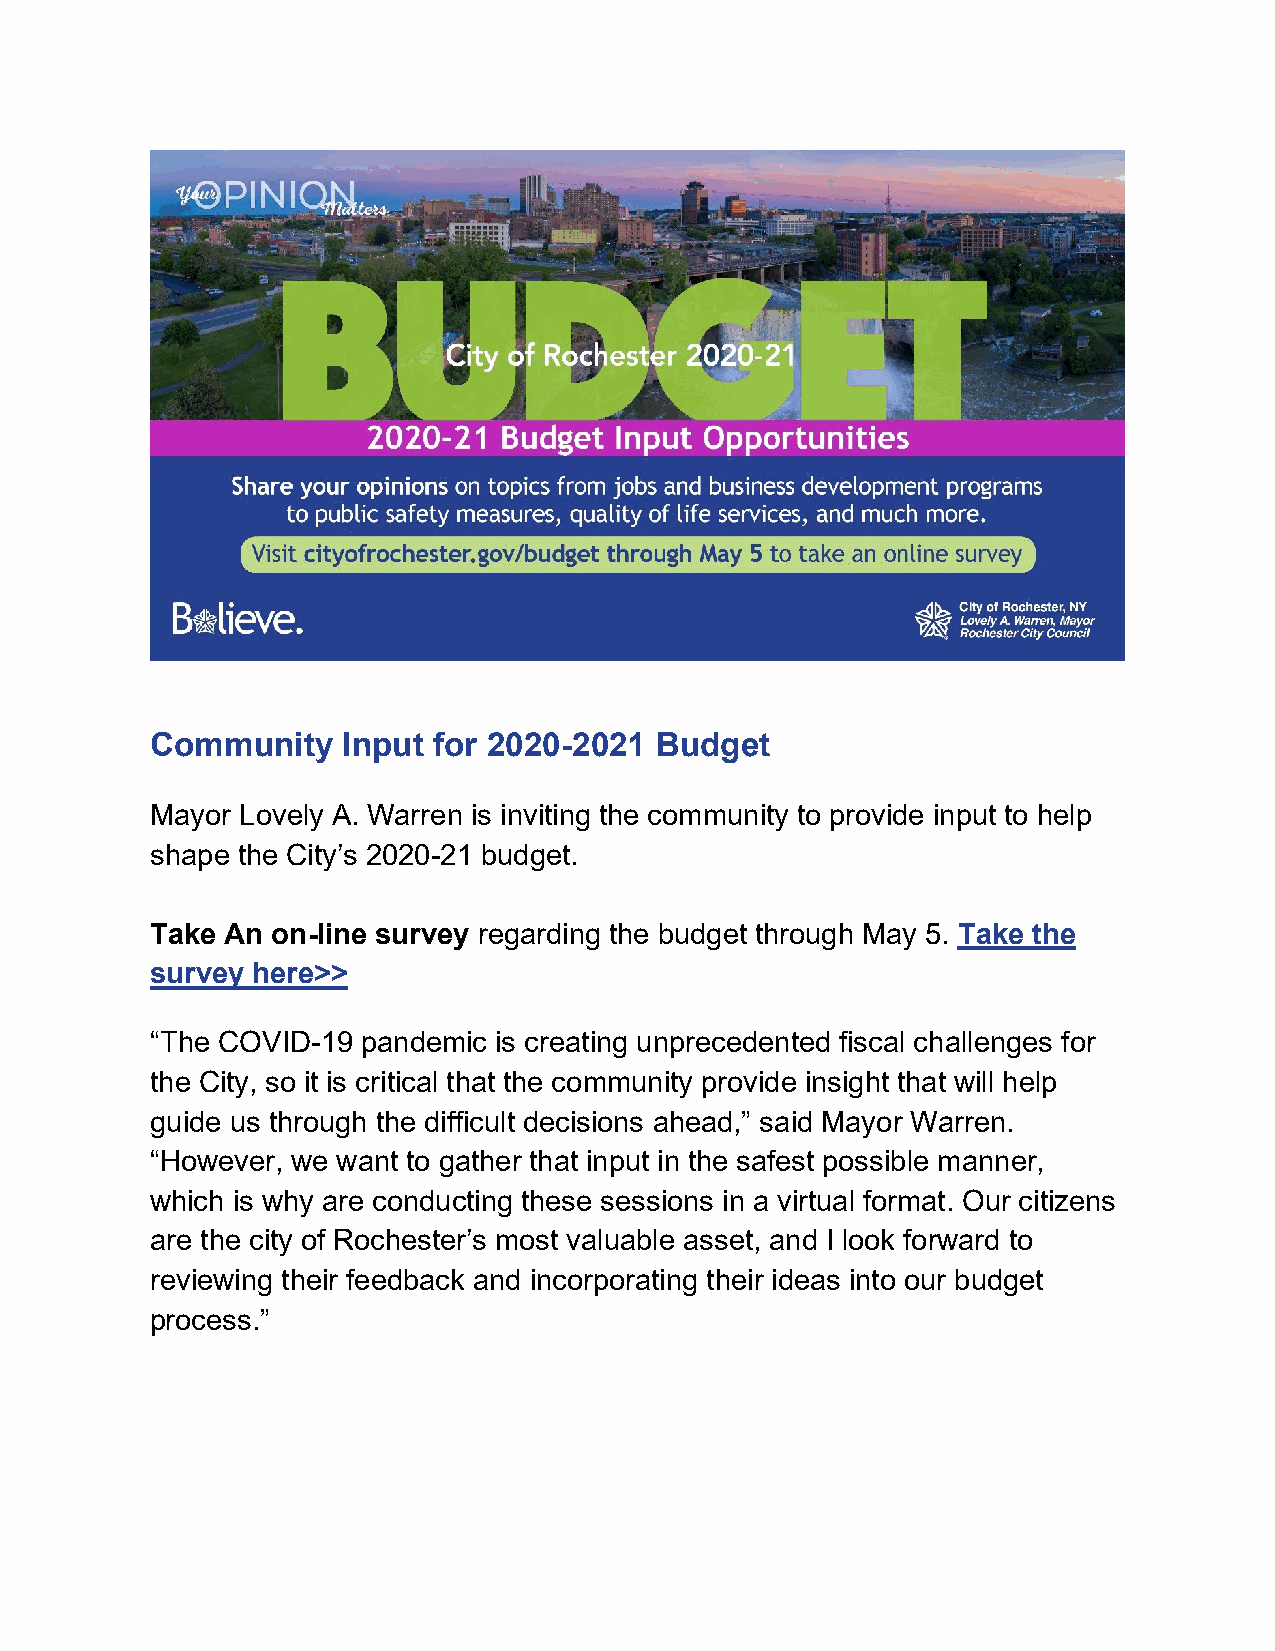
Community    Input for 2020-2021 Budget
 Mayor Lovely A. Warren is inviting the community to provide input to help
 shape the City’s 2020-21 budget.
 Take An on-line survey regarding the budget through May 5. Take the
 survey here>>
 “The COVID-19 pandemic is creating unprecedented fiscal challenges for
 the City, so it is critical that the community provide insight that will help
 guide us through the difficult decisions ahead,” said Mayor Warren.
 “However, we want to gather that input in the safest possible manner,
 which is why are conducting these sessions in a virtual format. Our citizens
 are the city of Rochester’s most valuable asset, and I look forward to
 reviewing their feedback and incorporating their ideas into our budget
 process.”